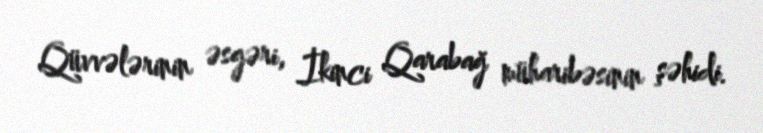
Qüvvələrinin əsgəri, İkinci Qarabağ müharibəsinin şəhidi.